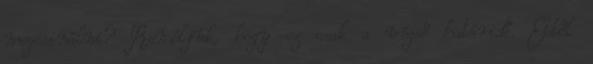
megcsinálni? Reméljük, hogy ez csak a végső határidő. Ettől